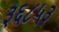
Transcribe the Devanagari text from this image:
३६८५३